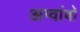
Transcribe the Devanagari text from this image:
अग्वांबो